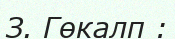
З. Гөкaлп :